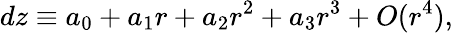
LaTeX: dz\equiv a_{0}+a_{1}r+a_{2}r^{2}+a_{3}r^{3}+O(r^{4}),